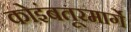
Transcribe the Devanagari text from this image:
कोइंबतूरमार्गे